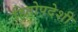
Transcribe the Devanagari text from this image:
हितोपदेशी